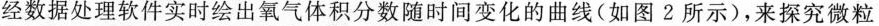
经数据处理软件实时绘出氧气体积分数随时间变化的曲线(如图2所示)，来探究微粒